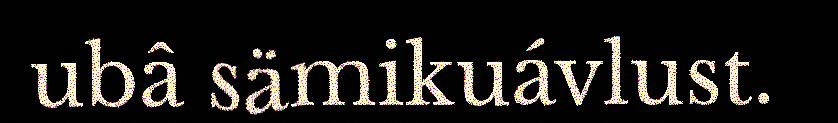
ubâ sämikuávlust.